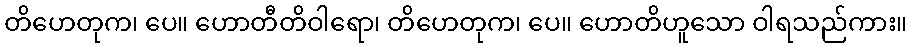
တိဟေတုက၊ ပေ။ ဟောတီတိဝါရော၊ တိဟေတုက၊ ပေ။ ဟောတိဟူသော ဝါရသည်ကား။